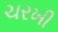
ચરખી